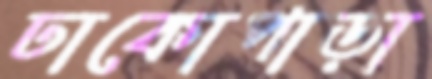
ঢাকোপাড়া